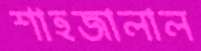
শাহজালাল